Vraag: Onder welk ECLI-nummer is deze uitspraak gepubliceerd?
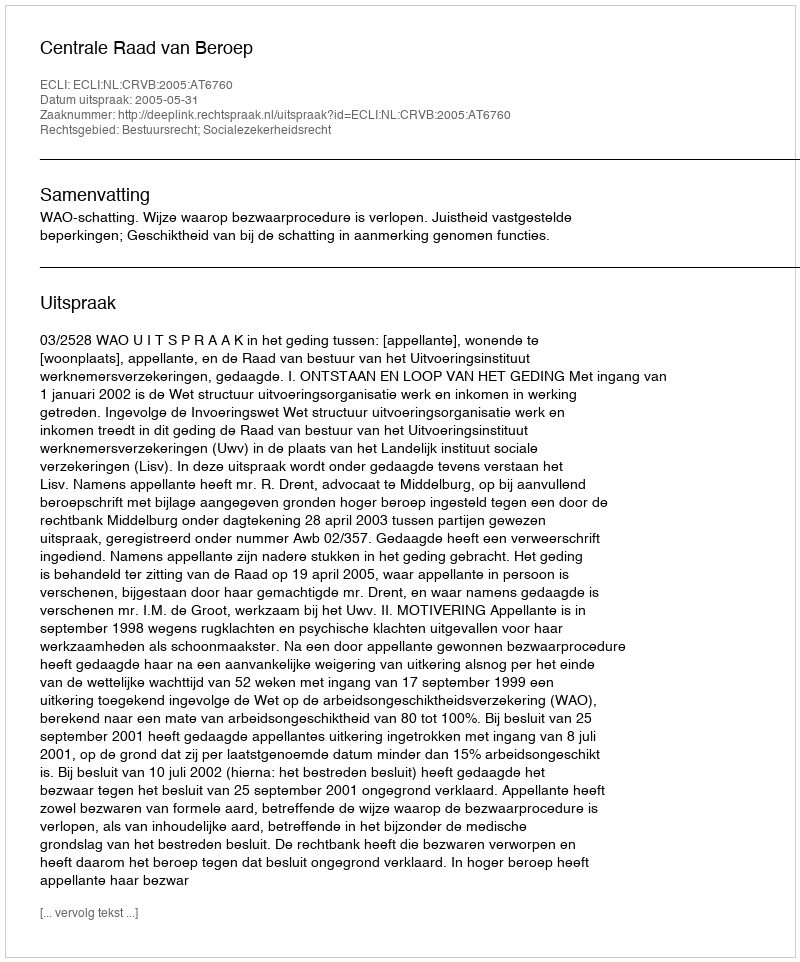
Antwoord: ECLI:NL:CRVB:2005:AT6760